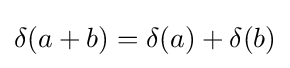
\delta (a+b)=\delta (a)+\delta (b)